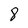
Character: 8